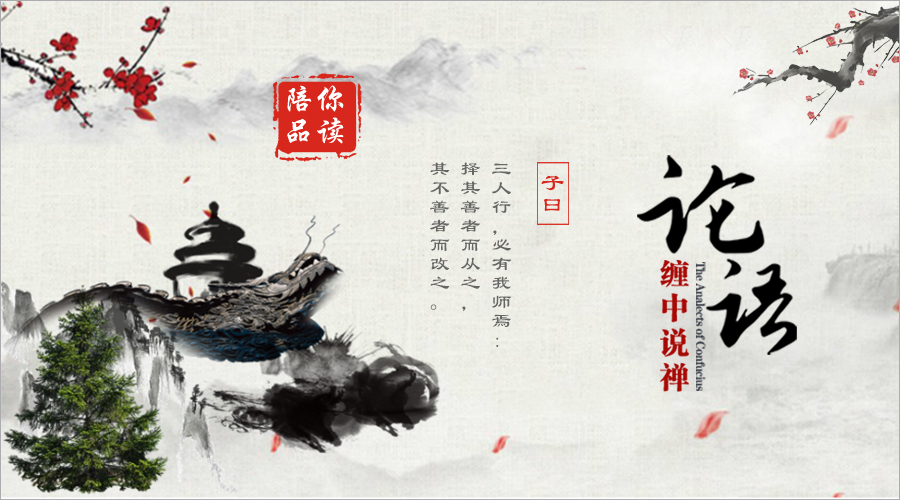
吾以为古之善者则述之，今之善者则作之，欲善之益多也。